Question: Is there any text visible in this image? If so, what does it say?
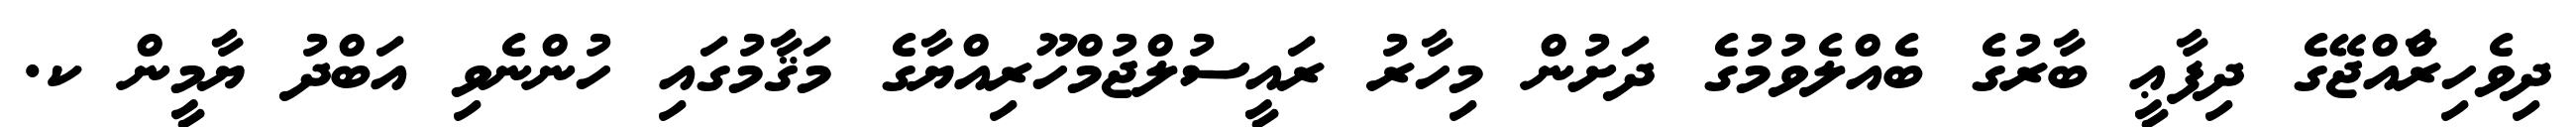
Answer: ދިވެހިރާްއްޖޭގެ ދިފާޢީ ބާރުގެ ބެއްލެވުމުގެ ދަށުން މިހާރު ރައީސުލްޖުމްހޫރިއްޔާގެ މަޤާމުގައި ހުންނެވި އަބްދު ޔާމީން ކ.